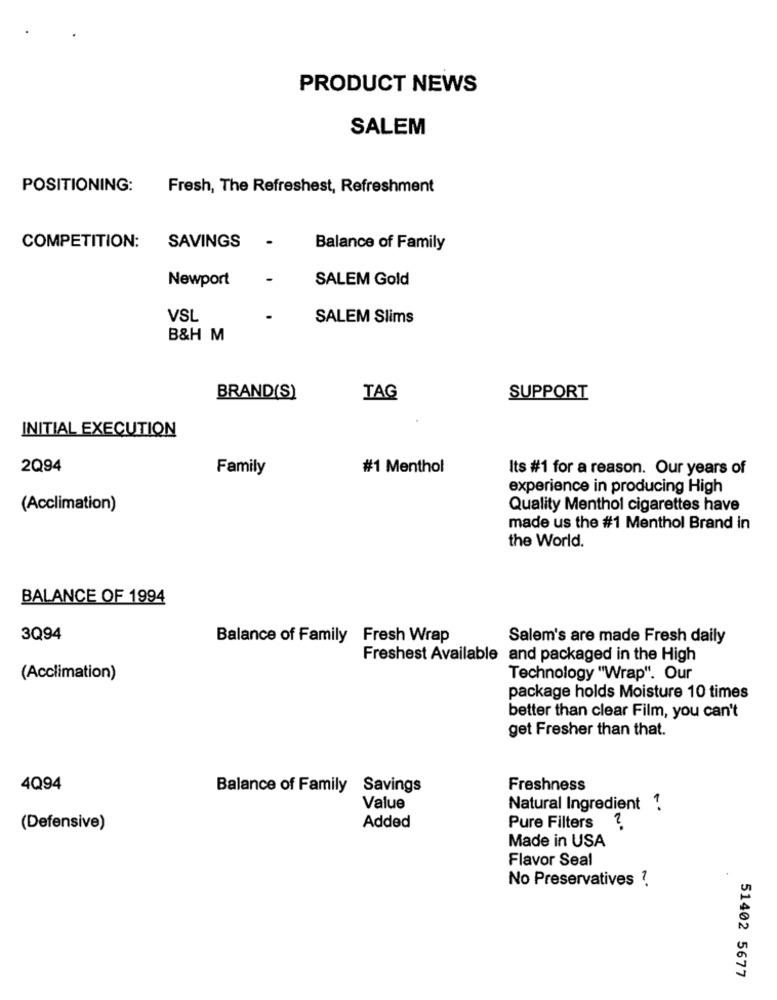
PRODUCT NEWS
SALEM
POSITIONING:
Fresh, The Refreshest, Refreshment
.
COMPETITION:
SAVINGS
Balance of Family
Newport
SALEM Gold
VSL
SALEM Slims
B&H M
BRAND(S)
TAG
SUPPORT
INITIAL EXECUTION
2Q94
Family
#1 Menthol
Its #1 for a reason. Our years of
experience in producing High
(Acclimation)
Quality Menthol cigarettes have
made us the #1 Menthol Brand in
the World.
BALANCE OF 1994
3Q94
Balance of Family Fresh Wrap
Salem's are made Fresh daily
Freshest Available and packaged in the High
(Acclimation)
Technology "Wrap". Our
package holds Moisture 10 times
better than clear Film, you can't
get Fresher than that.
4Q94
Balance of Family Savings
Freshness
Value
Natural Ingredient 1.
Pure Filters
(Defensive)
Added
Made in USA
Flavor Seal
No Preservatives ?.
51402 5677